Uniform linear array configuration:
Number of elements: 32
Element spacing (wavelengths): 0.75
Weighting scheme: hamming
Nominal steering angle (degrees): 45
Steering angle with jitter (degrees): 43.936
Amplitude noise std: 0.05
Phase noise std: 0.05

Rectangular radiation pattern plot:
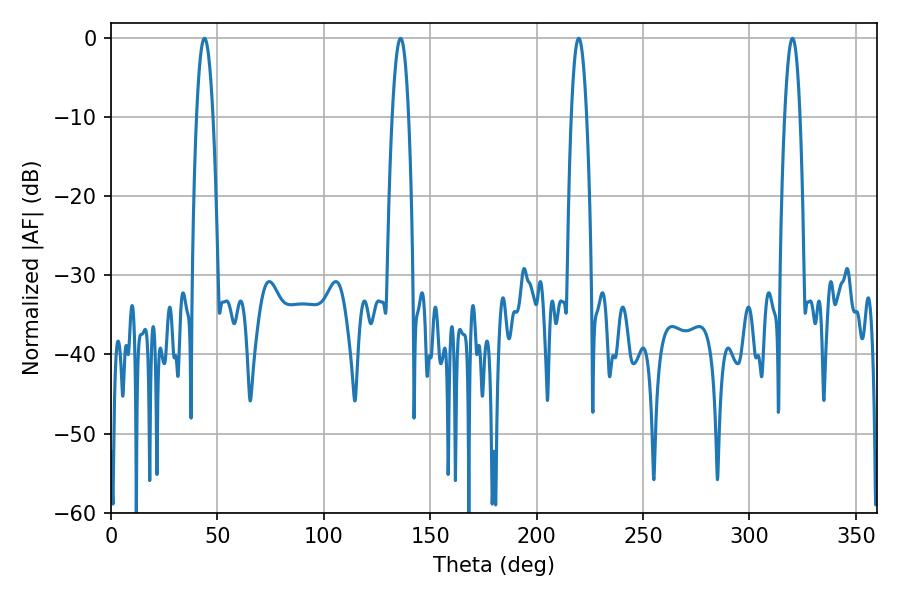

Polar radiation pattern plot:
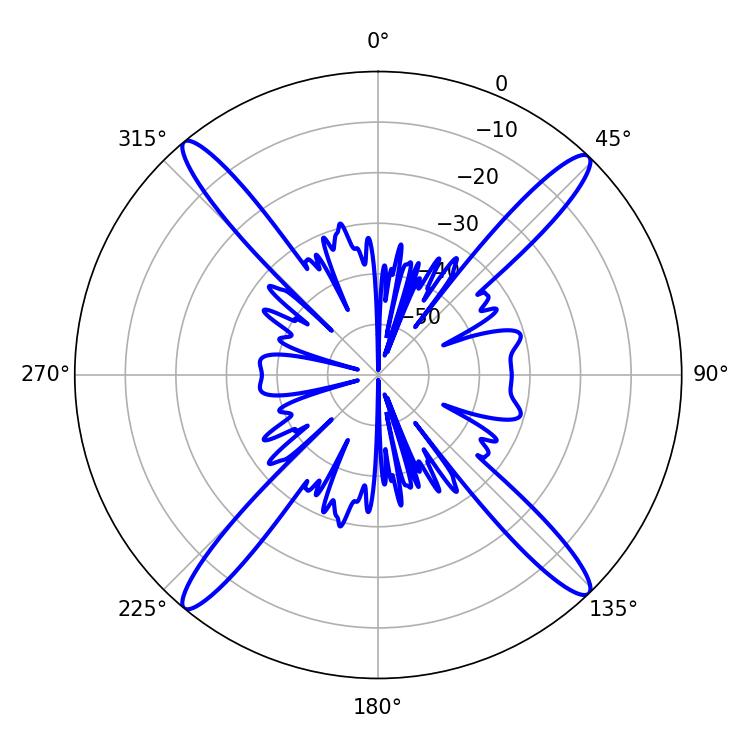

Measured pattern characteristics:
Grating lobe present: TRUE
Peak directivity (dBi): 21.122
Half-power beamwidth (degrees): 4.14
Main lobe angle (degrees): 43.92